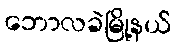
ဘောလခဲမြို့နယ်